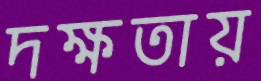
দক্ষতায়